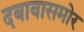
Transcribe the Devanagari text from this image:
दबावासमोर